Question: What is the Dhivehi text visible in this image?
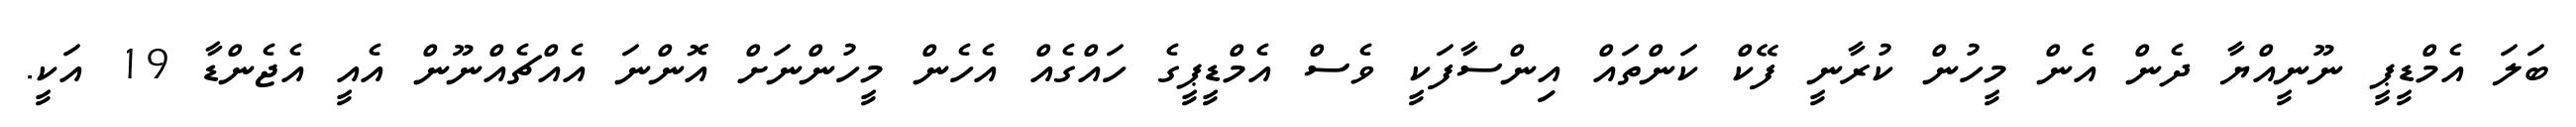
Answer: ބަލަ އެމްޑީޕީ ނޫނީއްޔާ ދެން އެން މީހުން ކުރާނީ ފޭކް ކަންތައް އިންސާފަކީ ވެސް އެމްޑީޕީގެ ހައްގެއް އެހެން މީހުންނަށް އޮންނަ އެއްޗެއްނޫން އެއީ އެޖެންޑާ 19 އަކީ.